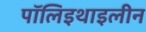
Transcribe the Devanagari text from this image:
पॉलिइथाइलीन